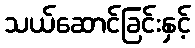
သယ်ဆောင်ခြင်းနှင့်